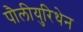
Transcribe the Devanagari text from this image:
पौलीयुरिथेन